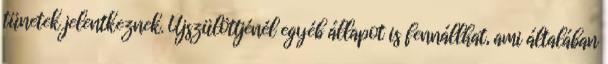
tünetek jelentkeznek. Újszülöttjénél egyéb állapot is fennállhat, ami általában